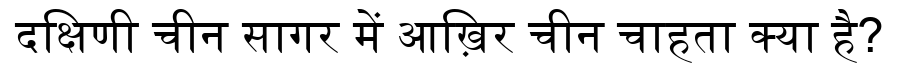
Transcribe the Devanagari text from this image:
दक्षिणी चीन सागर में आख़िर चीन चाहता क्या है?